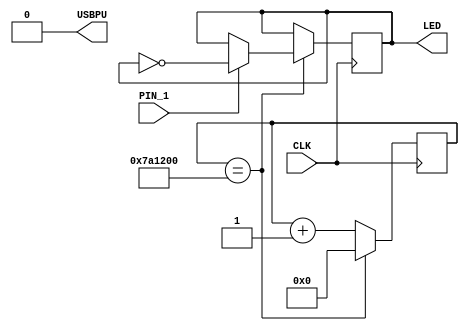
module top (
	input CLK,   // 16MHz clock
	input PIN_1,  // pin one
	output LED,  // onboard led
	output USBPU // usb pullup resistor
);

    //disable usb
    assign USBPU = 0;

    //register to store led state (eg 0 or 1 {0 = off, 1 = on})
    reg led_state;

    //slow loop counter
    reg [23:0] count;

    //runs every clock cycle
    always @(posedge CLK) begin
        count <= count + 1;
        if (count == (16000000 / 2)) begin
            count <= 0;

            //runs every 250ms

            //if button is pressed
            if (PIN_1) begin
                led_state = !led_state;
            end

        end
    end

    //send led the led_state register
    assign LED = led_state;

endmodule